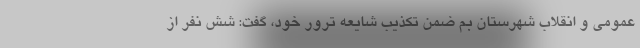
عمومی و انقلاب شهرستان بم ضمن تکذیب شایعه ترور خود، گفت: شش نفر از